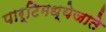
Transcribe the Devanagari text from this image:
पार्टिमध्येजाते